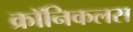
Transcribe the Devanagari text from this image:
क्रॉनिकलस